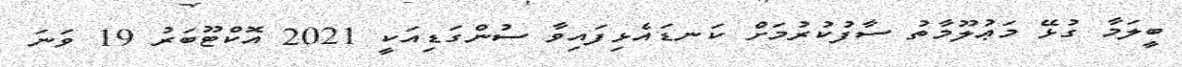
ބީލަމާ ގުޅޭ މަޢުލޫމާތު ސާފުކުރުމަށް ކަނޑައެޅިފައިވާ ސުންގަޑިއަކީ 2021 އޮކްޓޫބަރު 19 ވަނަ